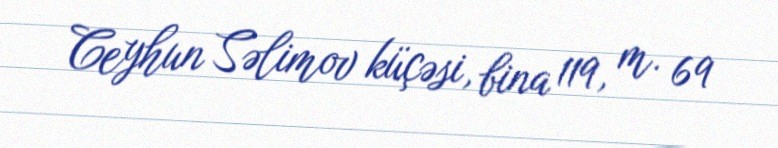
Ceyhun Səlimov küçəsi, bina 119, m. 69